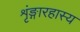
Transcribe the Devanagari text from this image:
शृंङ्गारहास्य